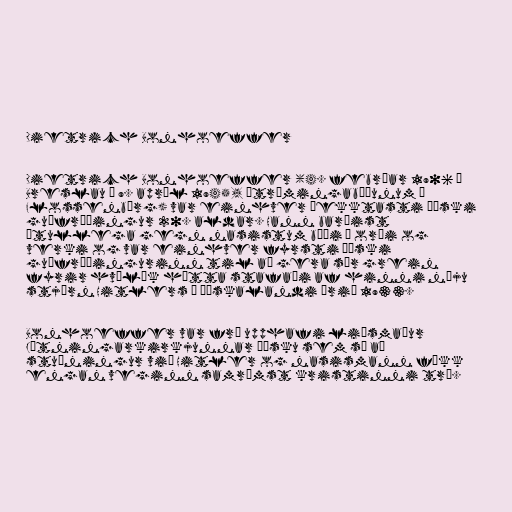
Dietrich Bonhoeffer

Dietrich Bonhoeffer (4. febrúar 1906 í
Breslau – 9. apríl 1945, útrýmingabúðunum í
Flossenbürg) var einhver þekktasti þýski
guðfræðingur 20. aldar. Hann barðist
ötullega gegn nasistum bæði í orði og
verki og var einhver fyrsti þýski
guðfræðingurinn til að gera sér grein
fyrir hvílík hætta stafaði af hinni nýju
stjórn Hitlers í Þýskalandi árið 1933.

Bonhoeffer var frá upphafi liðsmaður
Játningarkirkjunnar þýsku sem sá að
stuðningur við Hitler og nasismann fékk
engan veginn samrýmst kristinni trú.